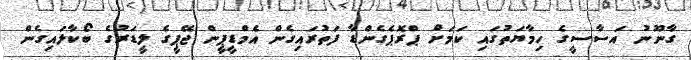
ގާނޫނު އަސާސީގެ ހިމާޔަތުގައި ކަމަށް ޕްރޮޕެގެންޑާ ފަތުރައިގެން އެމްޑީޕީން ޖޭޕީގެ ލީޑަރުގެ ބޯކާލައިގެން